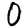
Digit: 0